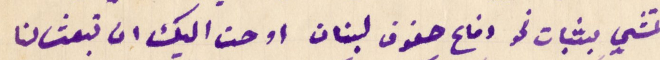
تمشي بثبات نحو دفاع حقوق لبنان اوحت اليك ان تبعث لنا